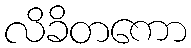
လိခိတကော